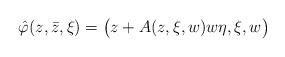
LaTeX: \begin{align*}\hat\varphi(z,\bar{z},\xi)=\bigl(z+A(z,\xi, w)w\eta, \xi,w\bigr)\end{align*}